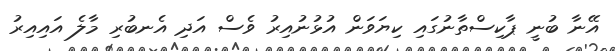
އޭނާ ބުނީ ޕާކިސްތާނުގައި ކިޔަވަން އުޅުނުއިރު ވެސް އަދި އެނބުރި މާލެ އައިއިރު